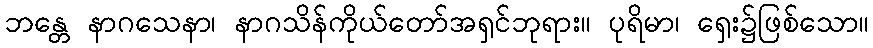
ဘန္တေ နာဂသေနာ၊ နာဂသိန်ကိုယ်တော်အရှင်ဘုရား။ ပုရိမာ၊ ရှေး၌ဖြစ်သော။